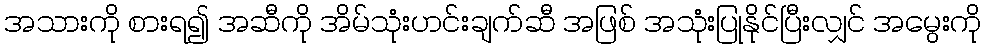
အသားကို စားရ၍ အဆီကို အိမ်သုံးဟင်းချက်ဆီ အဖြစ် အသုံးပြုနိုင်ပြီးလျှင် အမွေးကို